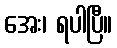
အေး၊ ရပါပြီ။